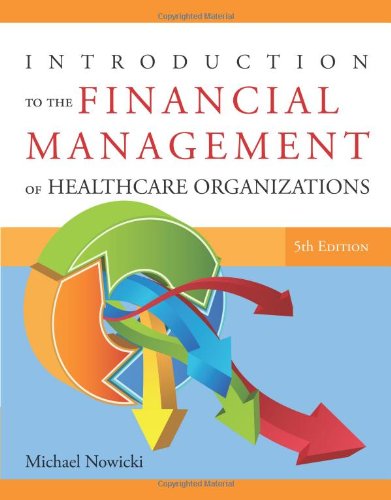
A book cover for Introduction to the Financial Management of Healthcare Organizations, Fifth Edition; Michael Nowicki; Medical Books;